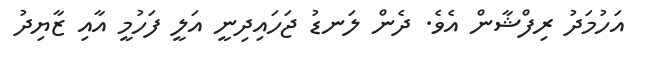
އަހުމަދު ރިފްޝާން އެވެ. ދެން ލަނޑު ޖަހައިދިނީ އަލީ ފަހުމީ އާއި ޒާޔިދު